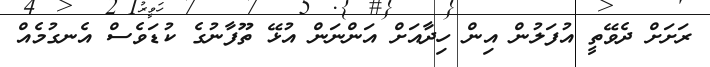
ރަށަަށް ދެވޭތީ އުފަލުން އިން ހިދާއަށް އަންނަން އުޅޭ ތޫފާނުގެ ކުޑަވެސް އެނގުމެއް